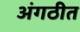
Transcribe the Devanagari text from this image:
अंगठीत